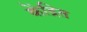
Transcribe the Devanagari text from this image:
केंद्रित